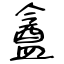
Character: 盦